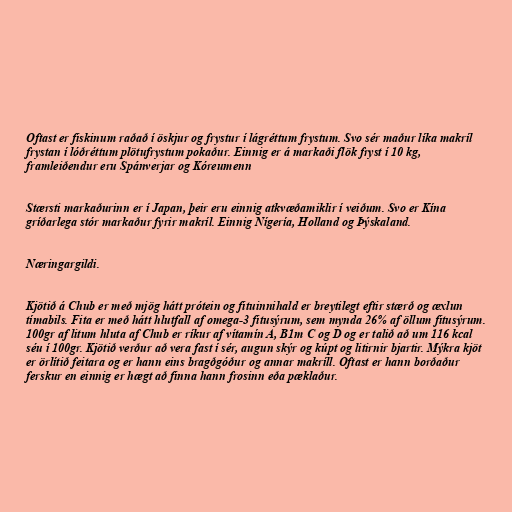
Oftast er fiskinum raðað í öskjur og frystur í lágréttum frystum. Svo sér maður líka makríl
frystan í lóðréttum plötufrystum pokaður. Einnig er á markaði flök fryst í 10 kg,
framleiðendur eru Spánverjar og Kóreumenn

Stærsti markaðurinn er í Japan, þeir eru einnig atkvæðamiklir í veiðum. Svo er Kína
gríðarlega stór markaður fyrir makríl. Einnig Nígería, Holland og Þýskaland.

Næringargildi.

Kjötið á Chub er með mjög hátt prótein og fituinnihald er breytilegt eftir stærð og æxlun
tímabils. Fita er með hátt hlutfall af omega-3 fitusýrum, sem mynda 26% af öllum fitusýrum.
100gr af litum hluta af Chub er ríkur af vítamín A, B1m C og D og er talið að um 116 kcal
séu í 100gr. Kjötið verður að vera fast í sér, augun skýr og kúpt og litirnir bjartir. Mýkra kjöt
er örlítið feitara og er hann eins bragðgóður og annar makríll. Oftast er hann borðaður
ferskur en einnig er hægt að finna hann frosinn eða pæklaður.